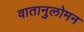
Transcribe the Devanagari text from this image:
वातानुलोमन